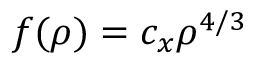
f ( \rho ) = c _ { x } \rho ^ { 4 / 3 }